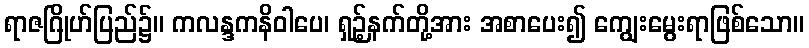
ရာဇဂြိုဟ်ပြည်၌။ ကလန္ဒကနိဝါပေ၊ ရှဉ့်နက်တို့အား အစာပေး၍ ကျွေးမွေးရာဖြစ်သော။